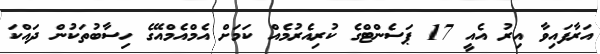
އަރާފައިވާ އިރު އެއީ 17 ޕަސެންޓްގެ ކުރިއެރުމެއް ކަމަށް އެމްއެމްއޭގެ ހިސާބުތަކުން ދައްކަ